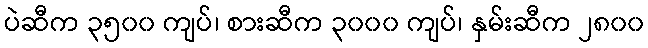
ပဲဆီက ၃၅၀၀ ကျပ်၊ စားဆီက ၃၀၀၀ ကျပ်၊ နှမ်းဆီက ၂၈၀၀